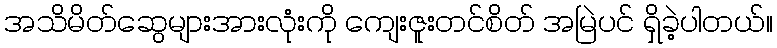
အသိမိတ်ဆွေများအားလုံးကို ကျေးဇူးတင်စိတ် အမြဲပင် ရှိခဲ့ပါတယ်။